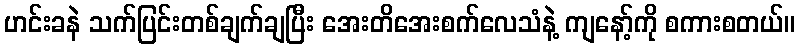
ဟင်းခနဲ သက်ပြင်းတစ်ချက်ချပြီး အေးတိအေးစက်လေသံနဲ့ ကျနော့်ကို စကားစတယ်။